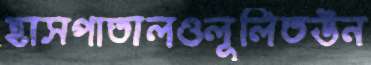
হাসপাতালওলূলিতঊন